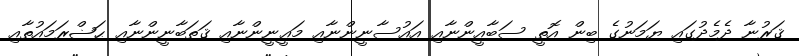
ޤަރުނާ ދެމެދުގައި ޔަމަނުގެ ބިން އޮތީ ސަބާއީންނާއި އައުސާނީންނާއި މަޢީނީންނާއި ޤަތަބާނީންނާއި ޙަޟްރަމައުތާއި